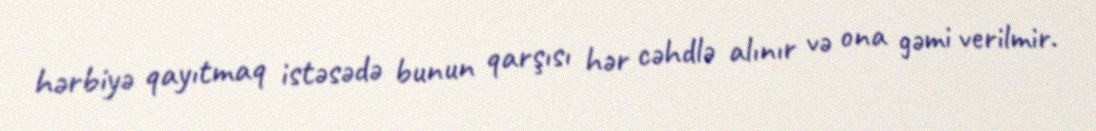
hərbiyə qayıtmaq istəsədə bunun qarşısı hər cəhdlə alınır və ona gəmi verilmir.